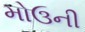
મોઉની